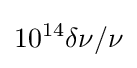
10^{14}\delta \nu /\nu